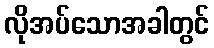
လိုအပ်သောအခါတွင်